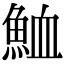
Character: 𩶫